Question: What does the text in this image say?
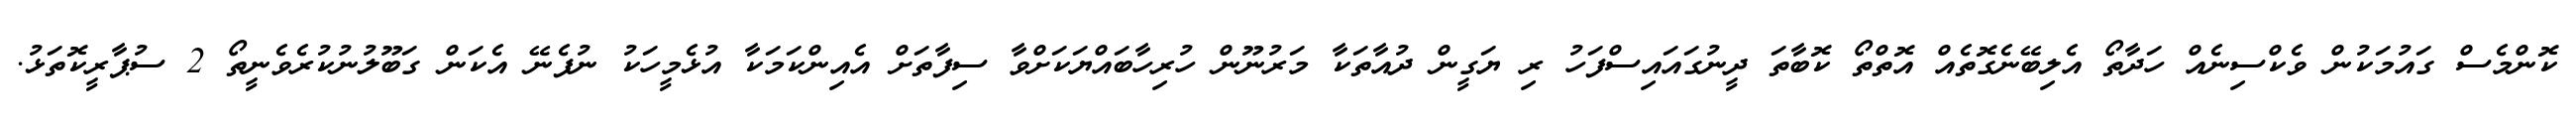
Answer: ކޮންމެސް ގައުމަކުން ވެކްސިނެއް ހަދާތޯ އެލިބޭނެގޮތެއް އޮތްތޯ ކޮބާތަ ދީނުގައައިސްފަހު ރި ޔަގީން ދުއާތަކާ މަރުނޫން ހުރިހާބައްޔަކަށްވާ ސިފާތަށް އެއިންކަމަކާ އުޅެމީހަކު ނުފެނޭ އެކަން ގަބޫލުނުކުރެވެނީތޯ 2 ސުޕާރީކޮތަޅު.